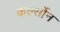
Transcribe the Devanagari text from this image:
कर्ल्सोन